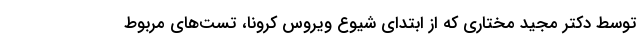
توسط دکتر مجید مختاری که از ابتدای شیوع ویروس کرونا، تست‌های مربوط